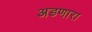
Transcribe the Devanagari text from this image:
अडणारा